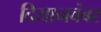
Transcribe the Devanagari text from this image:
दियानवंबर